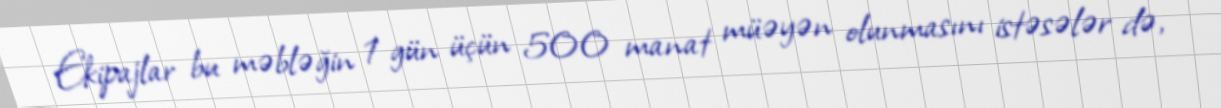
Ekipajlar bu məbləğin 1 gün üçün 500 manat müəyən olunmasını istəsələr də,